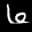
Label: 6